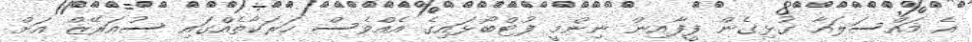
އެ މައްސަލައާ ގުޅިގެން ފީފާއިން ނިންމީ ފުޓްބޯޅައިގެ އެއްވެސް ހަރަކާތެއްގައި ސުއަރޭޒް އަށް